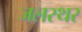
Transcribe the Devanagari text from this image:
जलस्थर